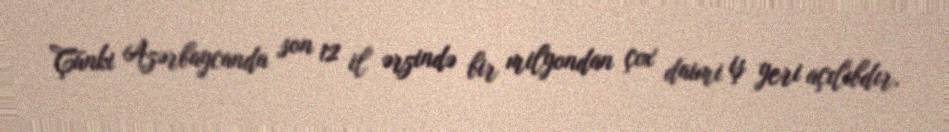
Çünki Azərbaycanda son 12 il ərzində bir milyondan çox daimi iş yeri açılıbdır,